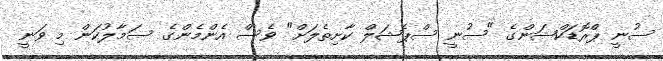
ސުނީ ޕްރޮޑަކްޝަންގެ "ސުނީ ސްޕެޝަލް ކާށިތެލަށް" ވެސް އެންމެންގެ ސަމާލުކަން މި ވަނީ